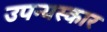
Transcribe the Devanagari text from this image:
उपन्यस्कार